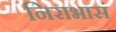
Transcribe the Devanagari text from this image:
निराभासं